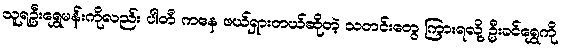
သူရဦးရွှေမန်းကိုလည်း ပါတီ ကနေ ဖယ်ရှားတယ်ဆိုတဲ့ သတင်းတွေ ကြားရလို့ ဦးခင်ရွှေကို